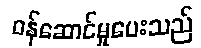
ဝန်ဆောင်မှုပေးသည်